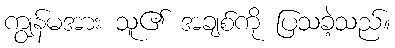
ကျွန်မအား သူ၏ အချစ်ကို ပြသခဲ့သည်။